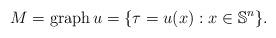
LaTeX: \begin{align*}M = \mathrm{graph }\, u = \{ \tau = u(x): x \in \mathbb{S}^n\}.\end{align*}